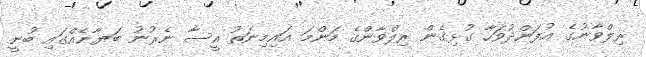
ރިލްވާނުގެ އުފަންދުވަހާ ގުޅިގެން ރިލްވާންގެ މަންމަ އައިމިނަތު އީސާ ނެރުނު ބަޔާނެއްގައި ބުނީ